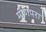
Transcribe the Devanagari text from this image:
मोणपरा